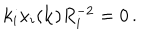
k _ { i } x _ { i } ( { \bf k } ) R _ { i } ^ { - 2 } = 0 \, .